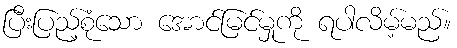
ပြီးပြည့်စုံသော အောင်မြင်မှုကို ရပါလိမ့်မည်။